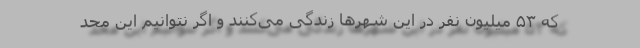
که ۵۳ میلیون نفر در این شهرها زندگی می‌کنند و اگر نتوانیم این محد